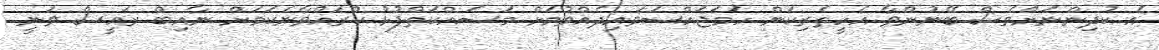
އެ ކުދިންނަށްވެސް ބޭނުންވާ އެހީތެރިކަން ހަމަޖައްސަވައިދެއްވުމަށް މަސައްކަތްޕުޅު ކުރައްވާނެކަމަށް ނާއިބް ރައީސް ވަނީ